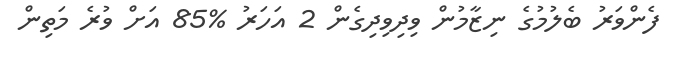
ފެންވަރު ބެލުމުގެ ނިޒާމުން ވިދިވިދިގެން 2 އަހަރު %85 އަށް ވުރެ މަތިން